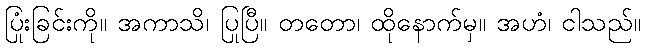
ပြုံးခြင်းကို။ အကာသိ၊ ပြုပြီ။ တတော၊ ထိုနောက်မှ။ အဟံ၊ ငါသည်။